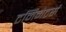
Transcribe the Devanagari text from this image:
टर्मिनेटर्स